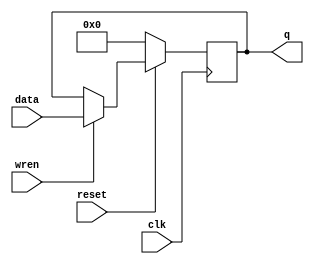
module score_store(data, q, reset, wren, clk);

input [31:0] data;
input reset, clk, wren;
output [31:0] q;


initial begin
	q <= 31'd0;
end


always @(posedge clk) begin
	if (~reset) begin
		q <= 31'd0;
	end else if (~reset) begin
		q <= data;
	end else if (wren) begin
		q <= data;
	
	end
end
endmodule